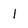
Character: 1